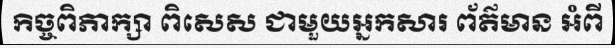
កិច្ចពិភាក្សា ពិសេស ជាមួយអ្នកសារ ព័ត៌មាន អំពី